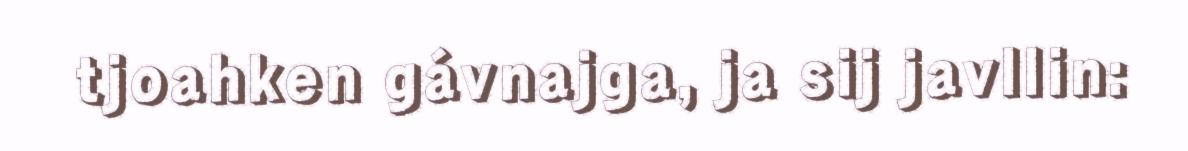
tjoahken gávnajga, ja sij javllin: